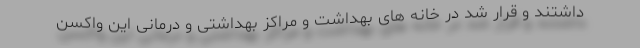
داشتند و قرار شد در خانه های بهداشت و مراکز بهداشتی و درمانی این واکسن